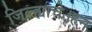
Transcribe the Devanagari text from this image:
जिल्ह्याचे।हन